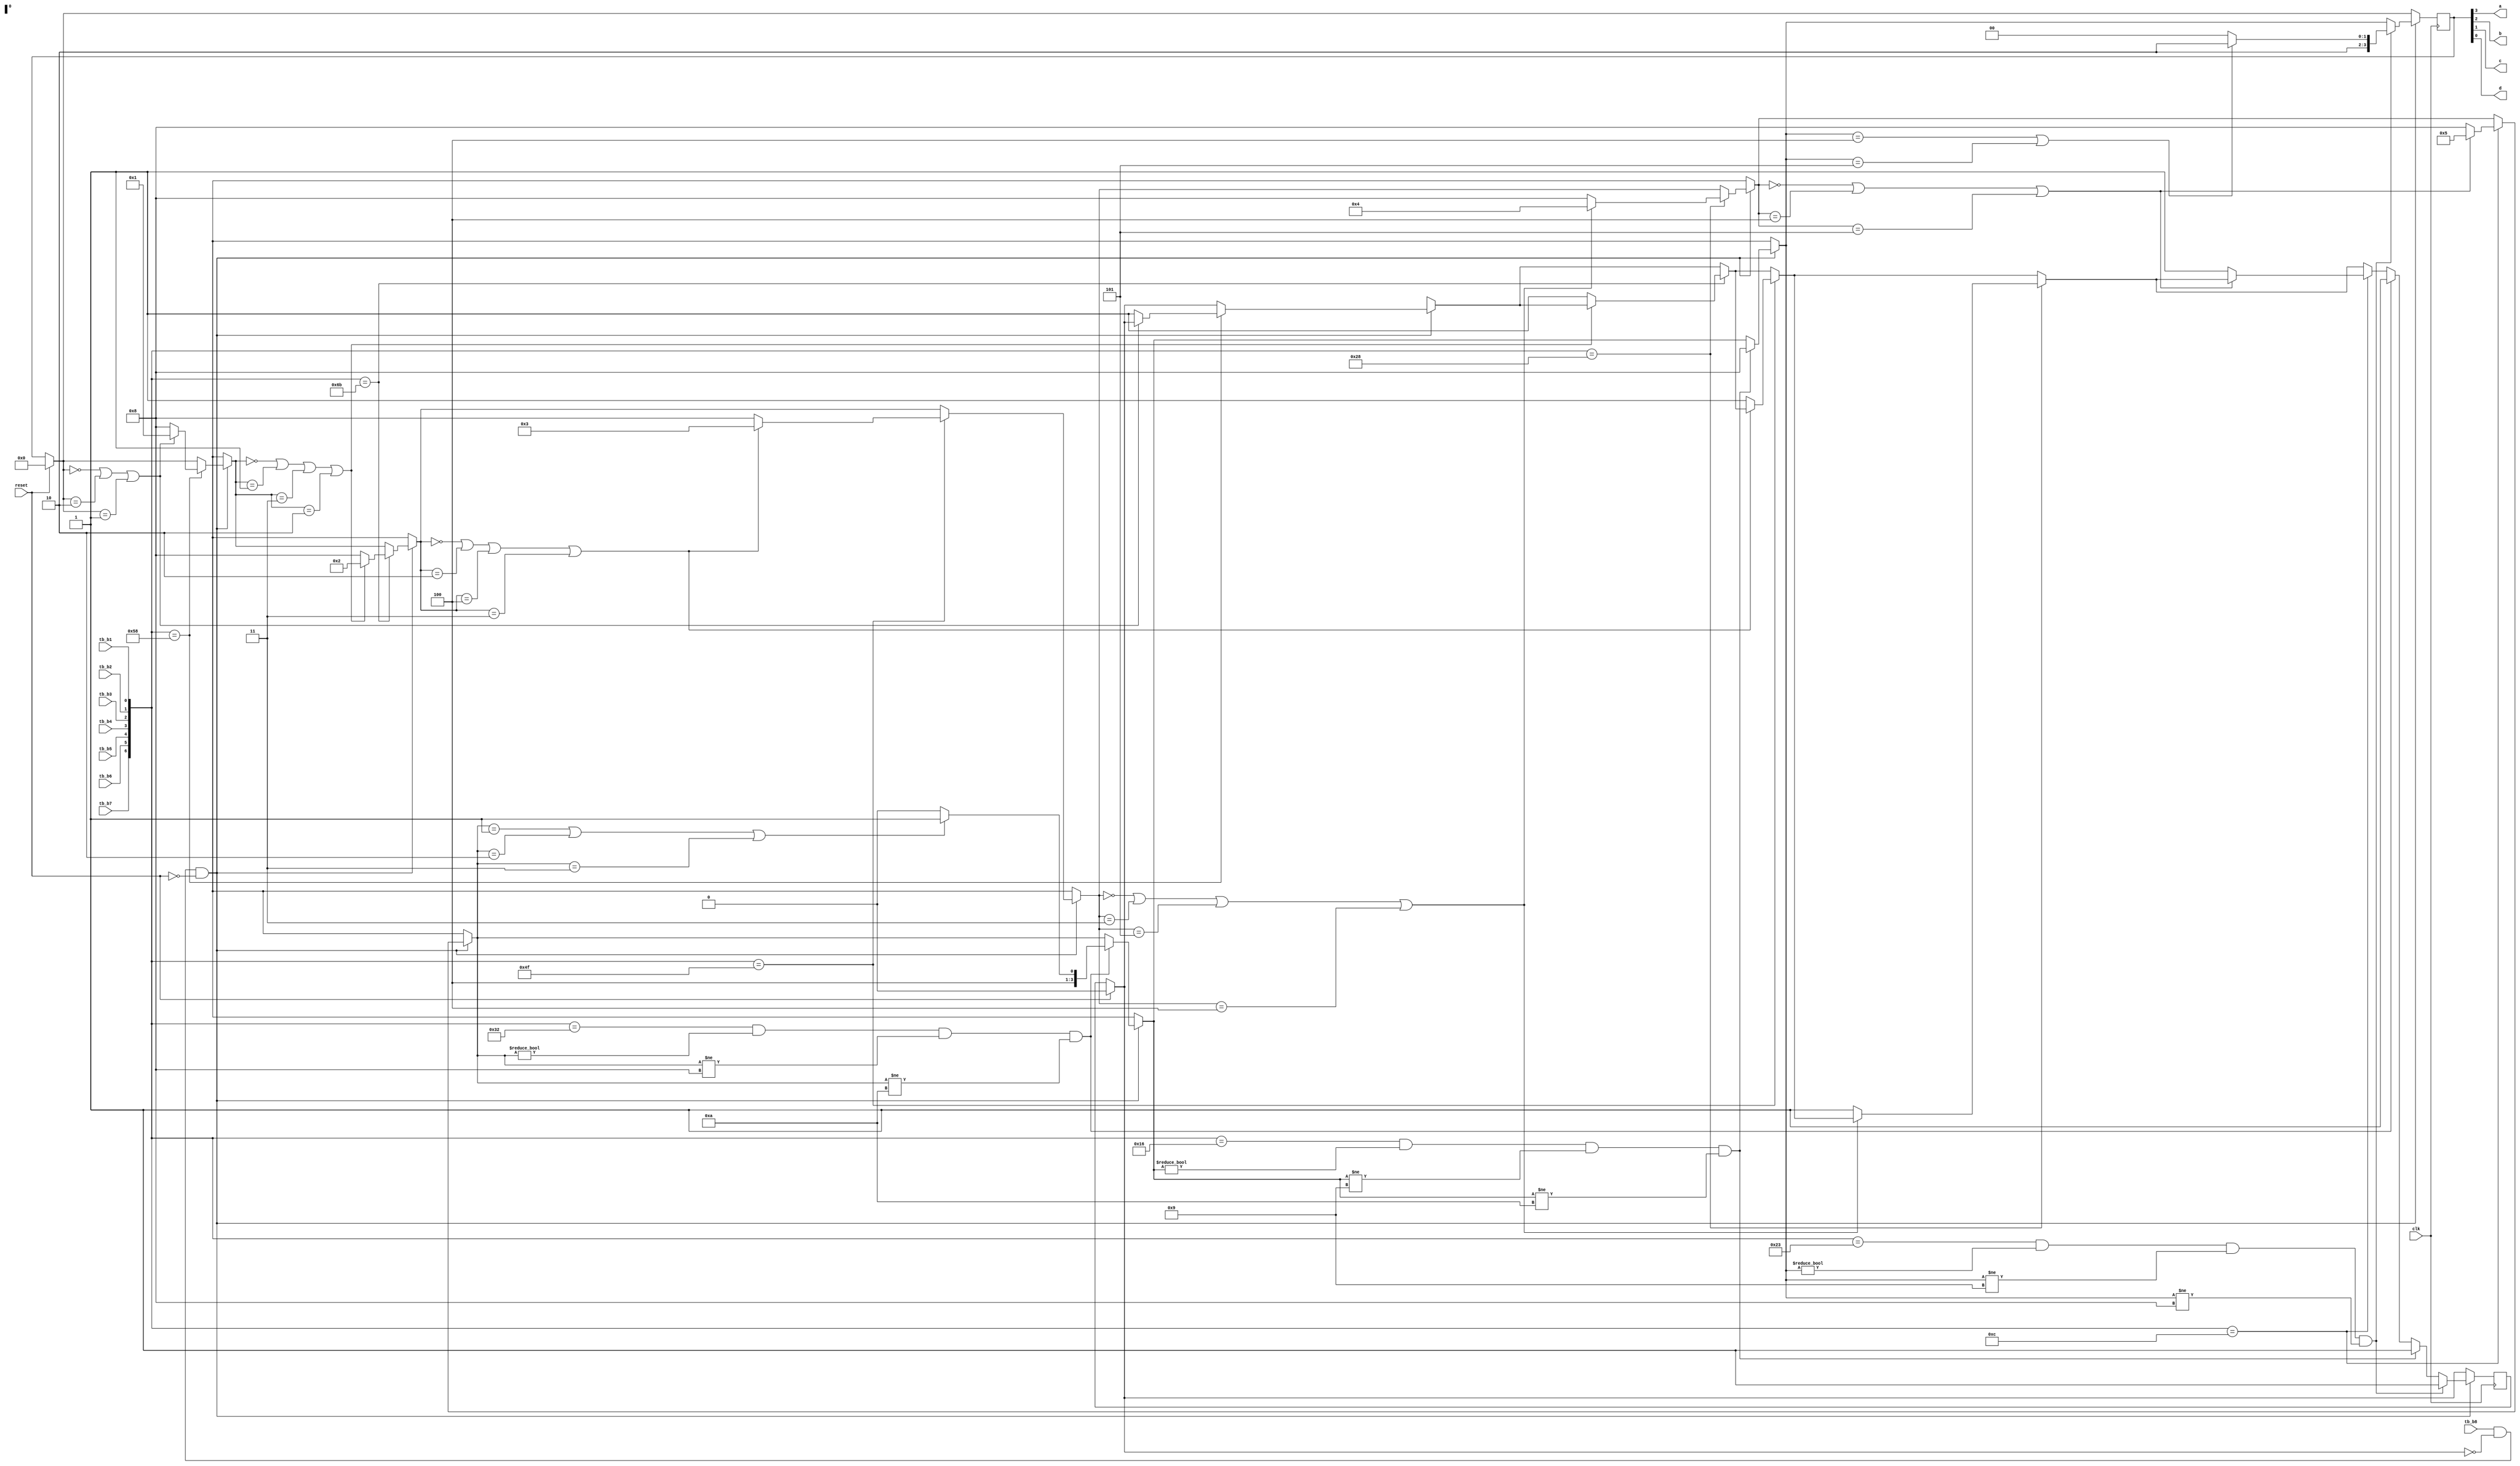
module Circuito (a, b, c, d, reset, clk, tb_b8, tb_b7, tb_b6, tb_b5, tb_b4, tb_b3, tb_b2, tb_b1);

    reg [3:0] estadoAtual = 4'b0000;
    reg finalizado = 1'b0;
    reg [6:0] entrada;
    output a, b, c, d;
    input reset, clk, tb_b8, tb_b7, tb_b6, tb_b5, tb_b4, tb_b3, tb_b2, tb_b1;

    always @(posedge clk) begin

        entrada = {tb_b7, tb_b6, tb_b5, tb_b4, tb_b3, tb_b2, tb_b1};

        if (reset == 1'b1) begin
            estadoAtual = 4'b0000;
            finalizado = 1'b0;
        end
        if (tb_b8 == 1'b1 && finalizado != 1'b1 && reset != 1'b1) begin
            if ( entrada == 7'b1011000) begin
                if (estadoAtual == 4'b0000 || estadoAtual == 4'b0010 || estadoAtual == 4'b0001) begin // for igual a 0 ou 2 ou 1
                    estadoAtual = 4'b0001; //1
                end else begin
                    estadoAtual = 4'b1000; //7
                    finalizado = 1'b1;
                end
            end
            if ( entrada == 7'b1101011) begin
                if (estadoAtual == 4'b0000 || estadoAtual == 4'b0001 || estadoAtual == 4'b0011 || estadoAtual == 4'b0010) begin // for igual a 0 ou 1 ou 3 ou 2
                    estadoAtual = 4'b0010; //2
                end else begin
                    estadoAtual = 4'b1000; //7
                    finalizado = 1'b1;
                end
            end
            if ( entrada == 7'b1001111) begin
                if (estadoAtual == 4'b0000 || estadoAtual == 4'b0010 || estadoAtual == 4'b0100 || estadoAtual == 4'b0011) begin // for igual a 0 ou 2 ou 4 ou 3
                    estadoAtual = 4'b0011; //3
                end else begin
                    estadoAtual = 4'b1000; //7
                    finalizado = 1'b1;
                end
            end
            if ( entrada == 7'b0101000) begin
                if (estadoAtual == 4'b0000 || estadoAtual == 4'b0011 || estadoAtual == 4'b0101 || estadoAtual == 4'b0100) begin // for igual a 0 ou 3 ou 5 ou 4
                    estadoAtual = 4'b0100; //4
                end else begin
                    estadoAtual = 4'b1000; //7
                    finalizado = 1'b1;
                end
            end
            if ( entrada == 7'b0001100) begin
                if (estadoAtual == 4'b0000 || estadoAtual == 4'b0100 || estadoAtual == 4'b0101) begin // for igual a 0 ou 4 ou 5
                    estadoAtual = 4'b0101; //5
                end else begin
                    estadoAtual = 4'b1000; //7
                    finalizado = 1'b1;
                end
            end
            // nao pode ser igual ao 0, 7 e 8
            if ( entrada == 7'b0110010 && estadoAtual != 4'b0000 && estadoAtual != 4'b1000 && estadoAtual != 4'b1010) begin
                if (estadoAtual == 4'b0001 || estadoAtual == 4'b0010 || estadoAtual == 4'b0011) begin // for igual 1 ou 2 ou 3
                    estadoAtual = 4'b1001; //6
                    finalizado = 1'b1;
                end else begin
                    estadoAtual = 4'b1000; //7
                    finalizado = 1'b1;
                end
            end
            // nao pode ser igual ao 0, 6 e 8
            if ( entrada == 7'b0010110 && estadoAtual != 4'b0000 && estadoAtual != 4'b1001 && estadoAtual != 4'b1010) begin
                estadoAtual = 4'b1000; //7
                finalizado = 1'b1;
            end
            // nao pode ser igual ao 0, 6 e 7
            if ( entrada == 7'b0100011 && estadoAtual != 4'b0000 && estadoAtual != 4'b1001 && estadoAtual != 4'b1000) begin
                if (estadoAtual == 4'b0100 || estadoAtual == 4'b0101) begin // for igual 4 ou 5
                    estadoAtual = 4'b1010; //8
                    finalizado = 1'b1;
                end else begin
                    estadoAtual = 4'b1000; //7
                    finalizado = 1'b1;
                end
            end
        end
    end
    assign {a, b, c, d} = estadoAtual;
endmodule